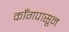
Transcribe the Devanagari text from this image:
काँगपासून